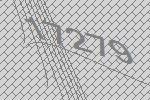
17279